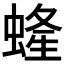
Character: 𧍰